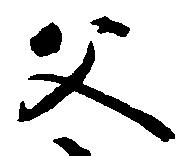
父